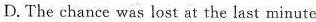
D.The chance was lost st the last minute